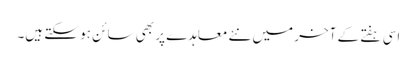
اسی ہفتے کے آخر میں نئے معاہدے پر بھی سائن ہو سکتے ہیں۔